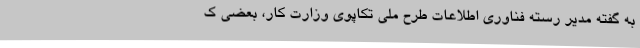
به گفته مدیر رسته فناوری اطلاعات طرح ملی تکاپوی وزارت کار، بعضی ک